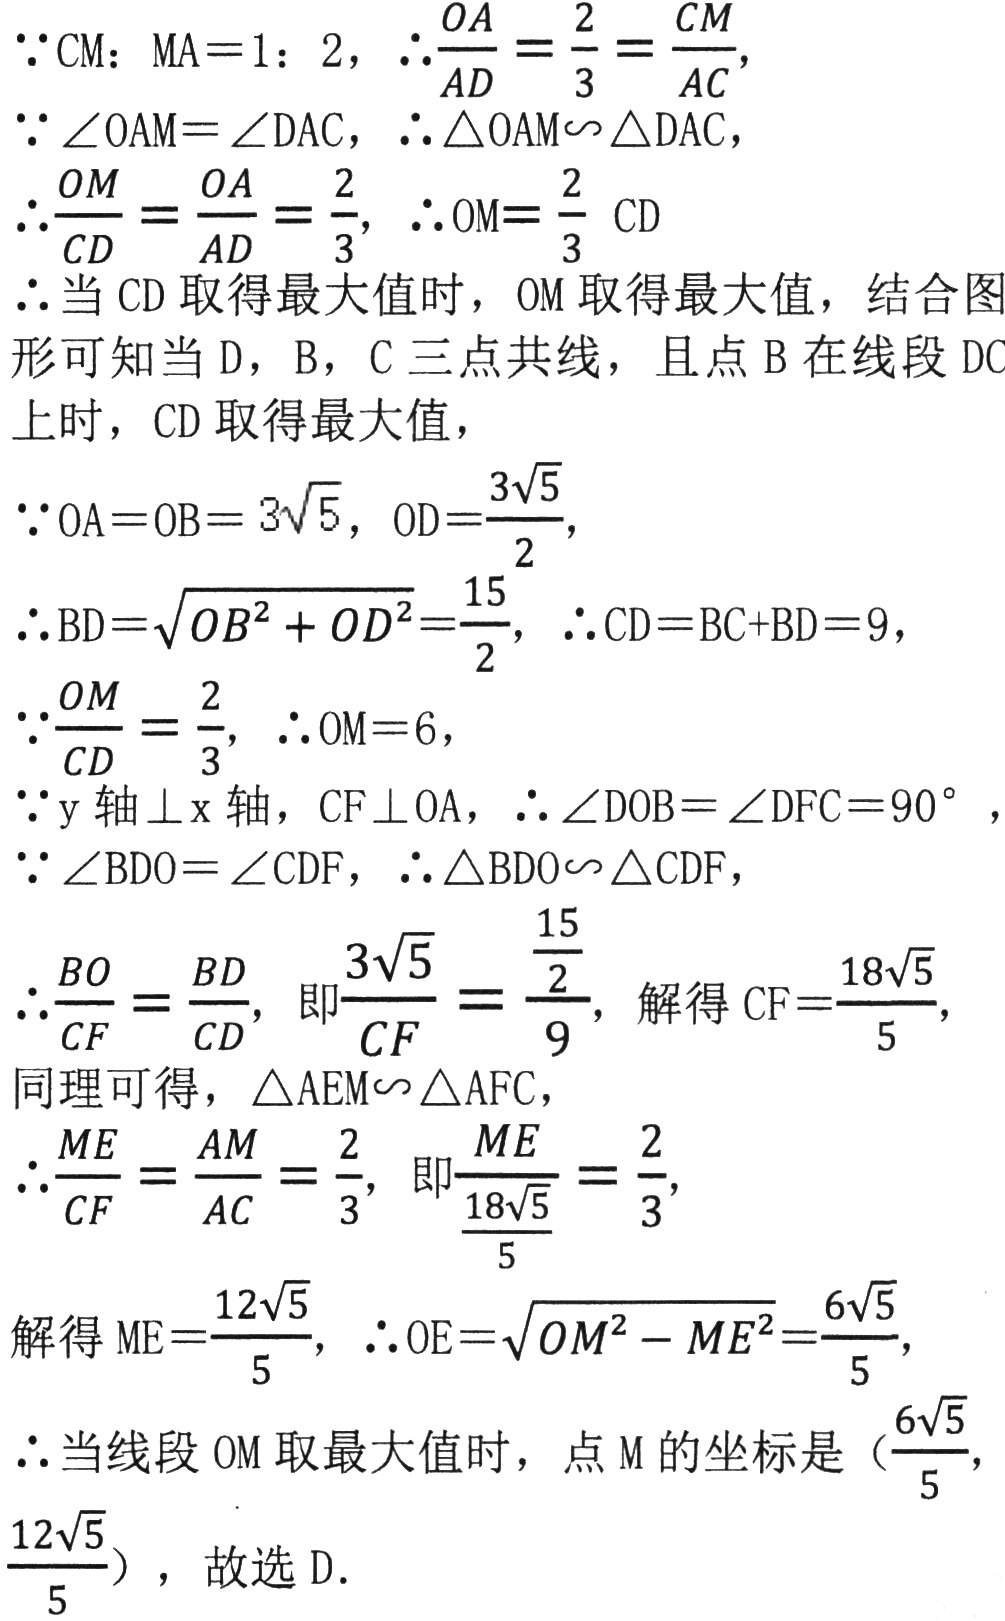
\(\because CM: MA = 1:2,\ \therefore\frac{OA}{AD}=\frac{2}{3}=\frac{CM}{AC}\)，

\(\because\angle OAM=\angle DAC,\ \therefore\triangle OAM\sim\triangle DAC\)，

\(\therefore\frac{OM}{CD}=\frac{OA}{AD}=\frac{2}{3},\ \therefore OM = \frac{2}{3}CD\)

\(\therefore\)当\(CD\)取得最大值时，\(OM\)取得最大值，结合图形可知当\(D\)，\(B\)，\(C\)三点共线，且点\(B\)在线段\(DC\)上时，\(CD\)取得最大值，

\(\because OA = OB = 3\sqrt{5},\ OD=\frac{3\sqrt{5}}{2}\)，

\(\therefore BD=\sqrt{OB^{2}+OD^{2}}=\frac{15}{2},\ \therefore CD = BC + BD = 9\)，

\(\because\frac{OM}{CD}=\frac{2}{3},\ \therefore OM = 6\)，

\(\because y\)轴\(\perp x\)轴，\(CF\perp OA,\ \therefore\angle DOB=\angle DFC = 90^{\circ}\)

\(\because\angle BDO=\angle CDF,\ \therefore\triangle BDO\sim\triangle CDF\)，

\(\therefore\frac{BO}{CF}=\frac{BD}{CD}\)，即\(\frac{3\sqrt{5}}{CF}=\frac{\frac{15}{2}}{9}\)，解得\(CF=\frac{18\sqrt{5}}{5}\)，

同理可得，\(\triangle AEM\sim\triangle AFC\)，

\(\therefore\frac{ME}{CF}=\frac{AM}{AC}=\frac{2}{3}\)，即\(\frac{ME}{\frac{18\sqrt{5}}{5}}=\frac{2}{3}\)，

解得\(ME=\frac{12\sqrt{5}}{5},\ \therefore OE=\sqrt{OM^{2}-ME^{2}}=\frac{6\sqrt{5}}{5}\)，

\(\therefore\)当线段\(OM\)取最大值时，点\(M\)的坐标是\((\frac{6\sqrt{5}}{5},\frac{12\sqrt{5}}{5})\)，故选D.